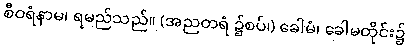
စီဝရံနာမ၊ ရမည်သည်။ (အညတရံ ၌စပ်၊) ခေါမံ၊ ခေါမတိုင်း၌